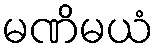
မဏိမယံ